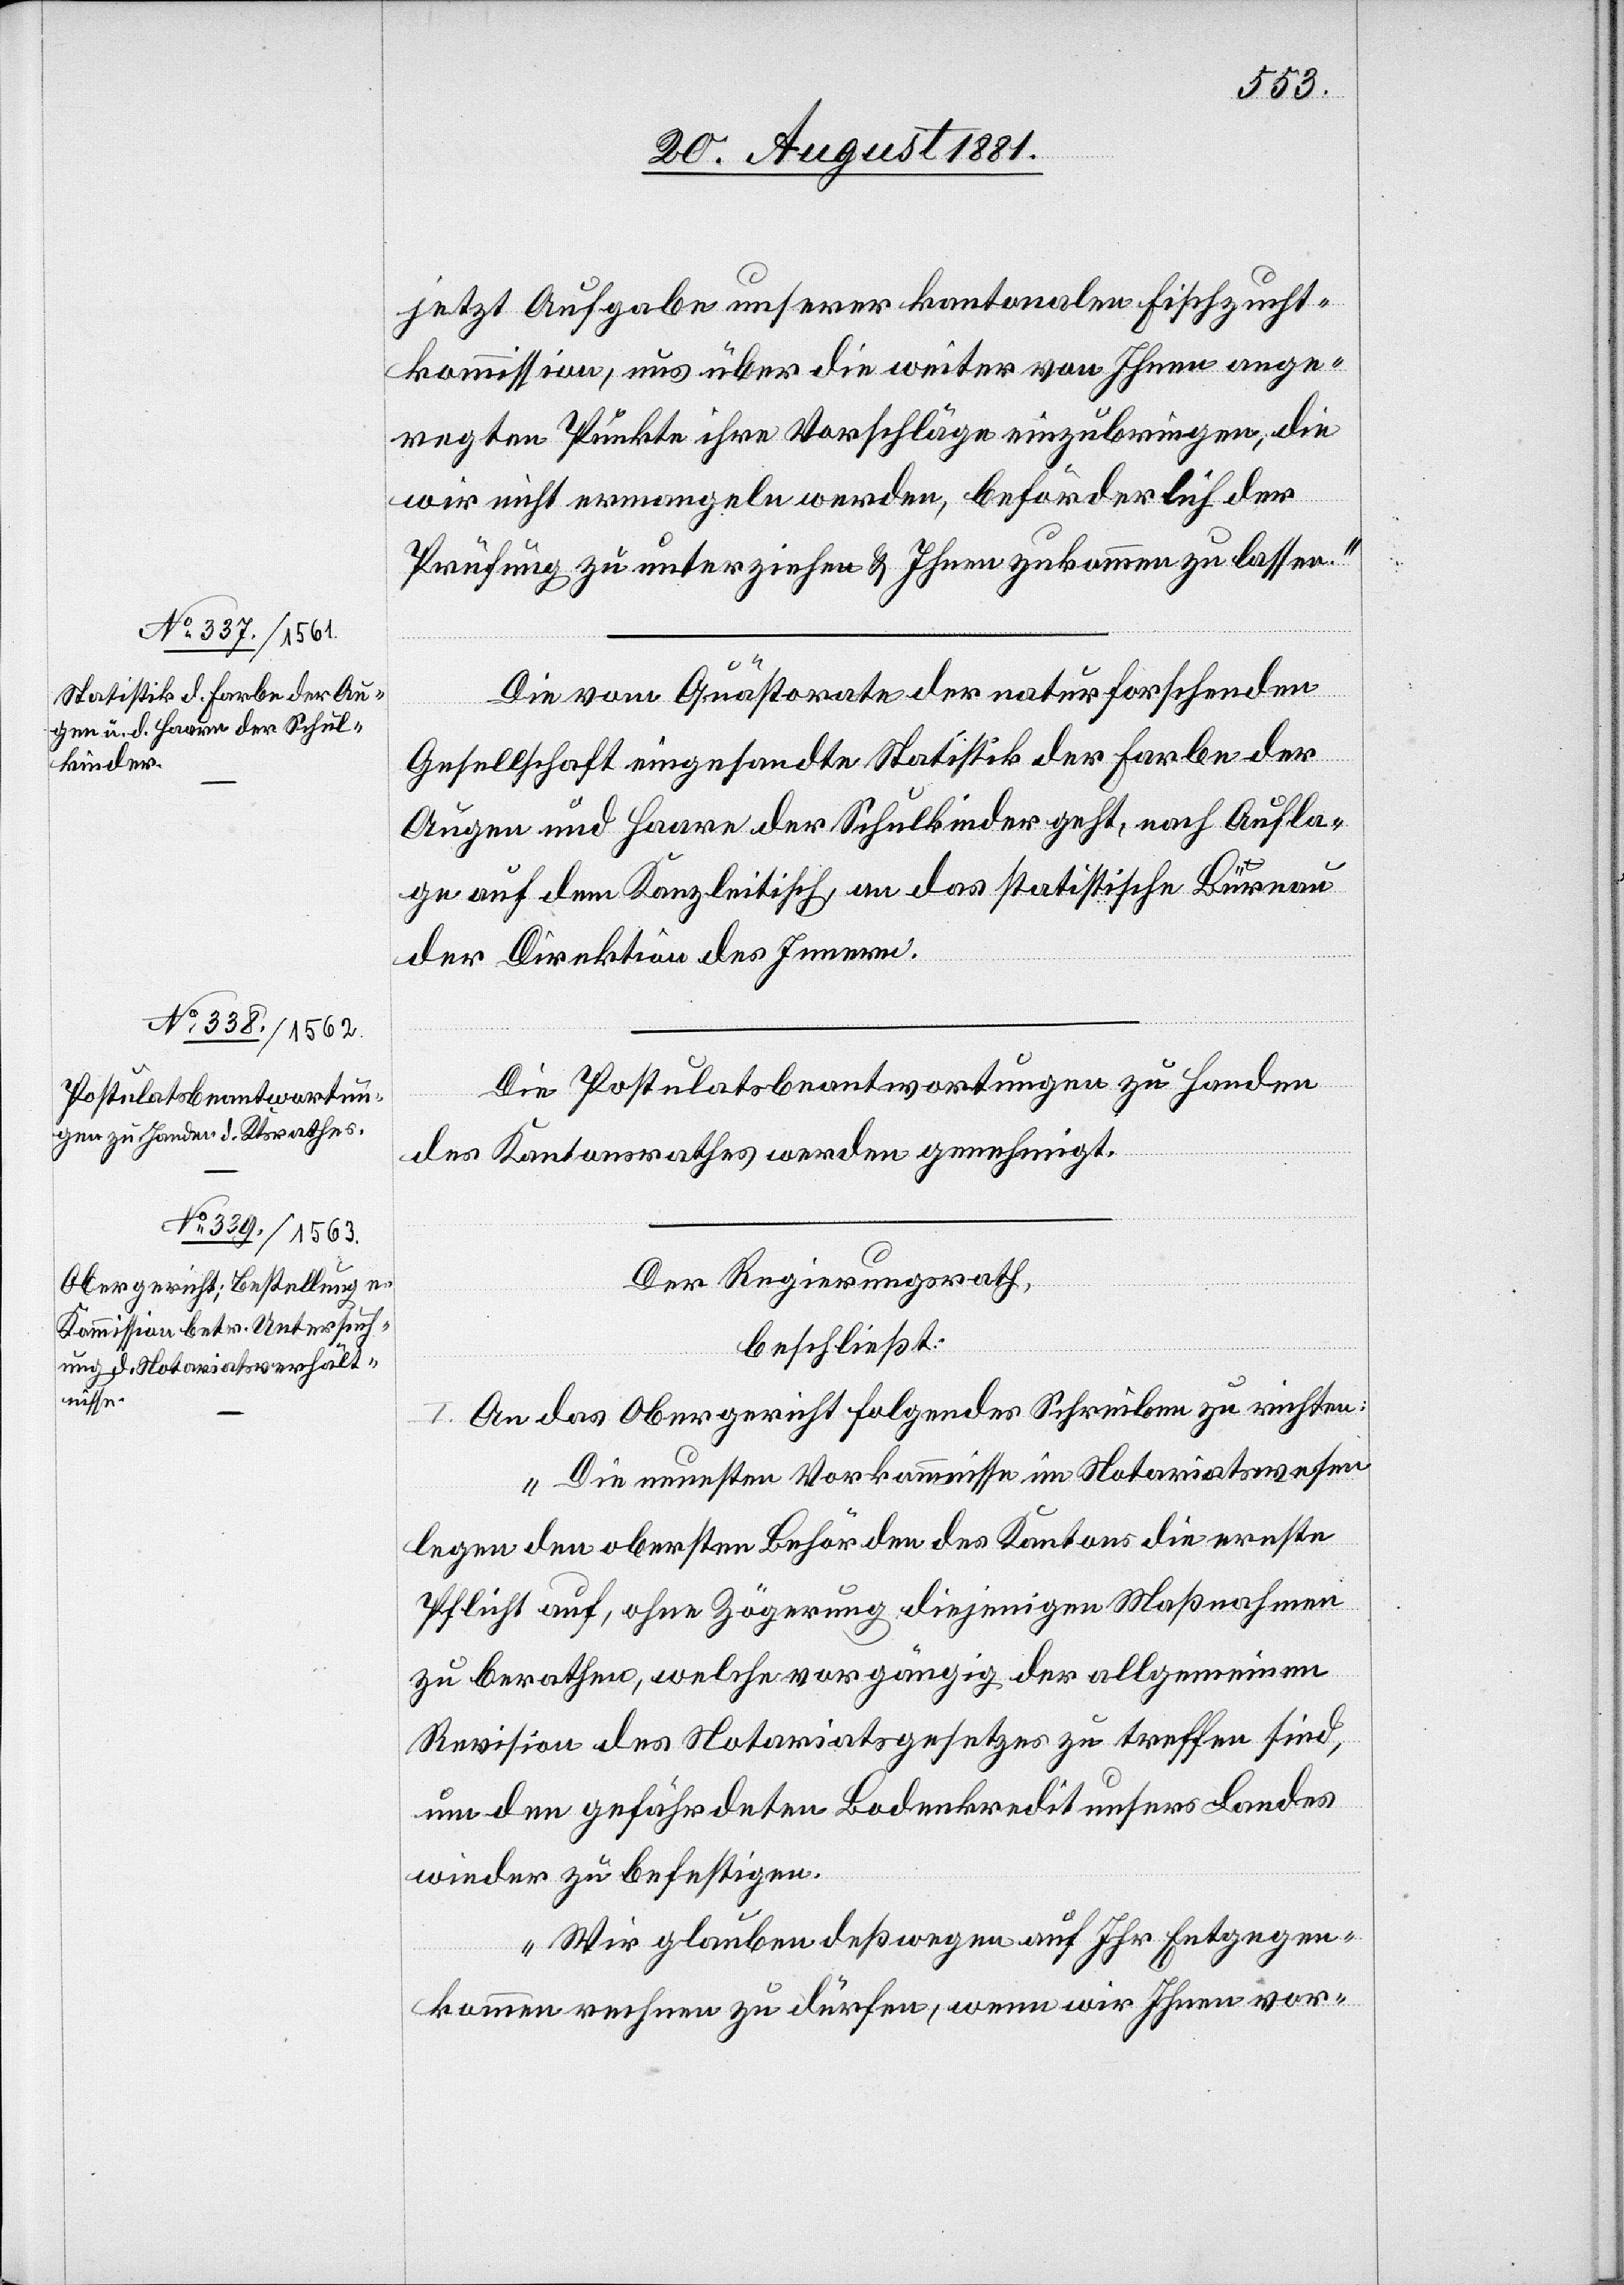
jetzt Aufgabe unserer kantonalen Fischzucht¬
kommission, uns über die weiter von Ihnen ange¬
regten Punkte ihre Vorschläge einzubringen, die
wir nicht ermangeln werden, beförderlich der
Prüfung zu unterziehen & Ihnen zukommen zu lassen.“
Die von Quästoraten der naturforschenden
Gesellschaft eingesandte Statistik der Farbe der
Augen und Haare der Schulkinder geht, nach Aufla¬
ge auf dem Kanzleitisch, an das statistische Büreau
der Direktion des Innern.
Die Postulatsbeantwortungen zu Handen
des Kantonsrathes werden genehmigt.
Der Regierungsrath,
beschließt:
An das Obergericht folgendes Schreiben zu richten:
„Die neuesten Vorkommnisse im Notariatswesen
legen den obersten Behörden des Kantons die ernste
Pflicht auf, ohne Zögerung diejenigen Maßnahmen
zu berathen, welche vorgängig der allgemeinen
Revision des Notariatsgesetzes zu treffen sind,
um dem gefährdeten Bodenkredit unsers Landes
wieder zu befestigen.
Wir glauben deßwegen auf Ihr Entgegen¬
kommen rechnen zu dürfen, wenn wir Ihnen vor-